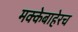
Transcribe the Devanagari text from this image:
मक्केबाहेरच